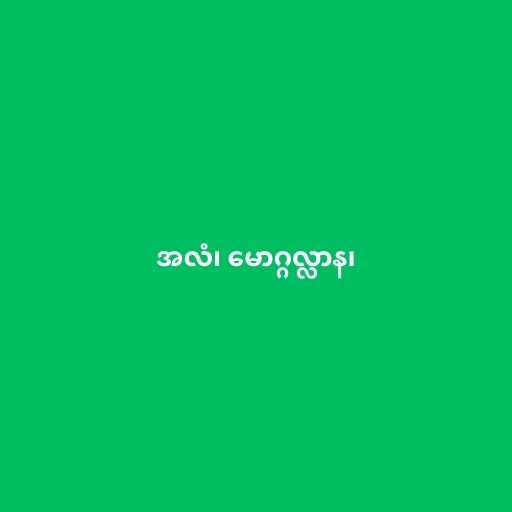
အလံ၊ မောဂ္ဂလ္လာန၊